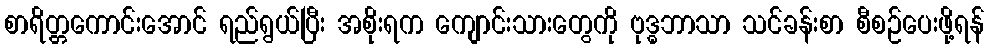
စာရိတ္တကောင်းအောင် ရည်ရွယ်ပြီး အစိုးရက ကျောင်းသားတွေကို ဗုဒ္ဓဘာသာ သင်ခန်းစာ စီစဉ်ပေးဖို့ရန်